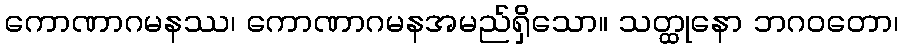
ကောဏာဂမနဿ၊ ကောဏာဂမနအမည်ရှိသော။ သတ္ထုနော ဘဂဝတော၊